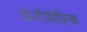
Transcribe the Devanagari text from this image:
ॲन्टीसेप्टिक